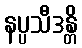
နပ္ပသီဒန္တိ